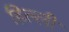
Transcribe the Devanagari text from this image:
हिल्ली